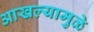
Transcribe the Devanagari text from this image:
आखल्यामुळे